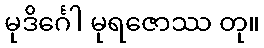
မုဒိင်္ဂေါ မုရဇောဿ တု။